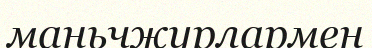
маньчжурлармен